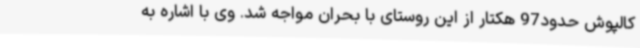
کالپوش حدود97 هکتار از این روستای با بحران مواجه شد. وی با اشاره به